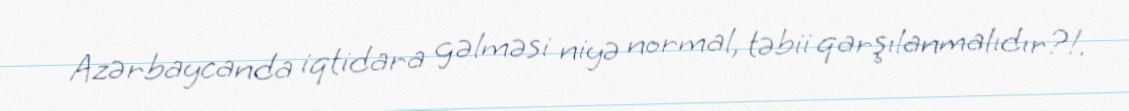
Azərbaycanda iqtidara gəlməsi niyə normal, təbii qarşılanmalıdır?!.